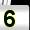
Digit: 5